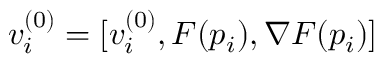
v _ { i } ^ { ( 0 ) } = [ v _ { i } ^ { ( 0 ) } , F ( p _ { i } ) , \nabla F ( p _ { i } ) ]